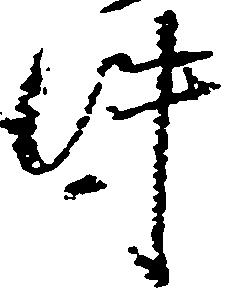
件